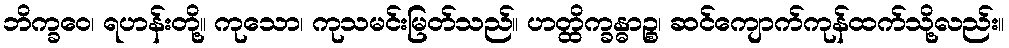
ဘိက္ခဝေ၊ ရဟန်းတို့။ ကုသော၊ ကုသမင်းမြတ်သည်။ ဟတ္ထိက္ခန္ဓာဉ္စ၊ ဆင်ကျောက်ကုန်ထက်သို့လည်း။